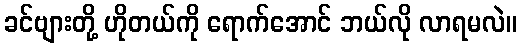
ခင်ဗျားတို့ ဟိုတယ်ကို ရောက်အောင် ဘယ်လို လာရမလဲ။